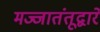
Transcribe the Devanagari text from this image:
मज्जातंतूद्वारे